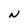
Character: N